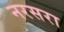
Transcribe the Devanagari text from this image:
नरसरा